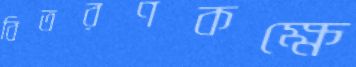
বিতরণকক্ষে